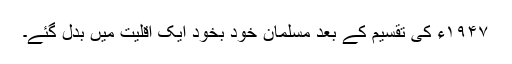
۱۹۴۷ء کی تقسیم کے بعد مسلمان خود بخود ایک اقلیت میں بدل گئے۔